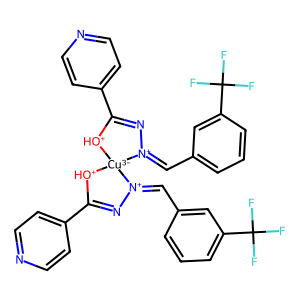
SMILES: FC(F)(F)c1cccc(C=[N+]2N=C(c3ccncc3)[OH+][Cu-3]23[OH+]C(c2ccncc2)=N[N+]3=Cc2cccc(C(F)(F)F)c2)c1
Inhibits HIV replication: No